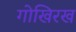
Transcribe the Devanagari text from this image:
गोखिरख